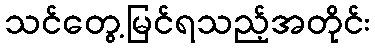
သင်တွေ့မြင်ရသည့်အတိုင်း